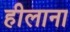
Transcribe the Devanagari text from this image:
हीलाना